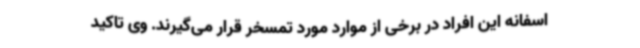
اسفانه این افراد در برخی از موارد مورد تمسخر قرار می‌گیرند. وی تاکید